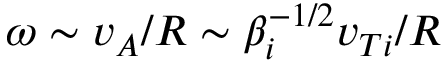
\omega \sim v _ { A } / R \sim \beta _ { i } ^ { - 1 / 2 } v _ { T i } / R